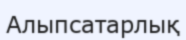
Алыпсатарлық